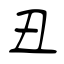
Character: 丑